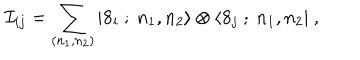
{ \cal I } _ { i j } = \sum _ { ( n _ { 1 } , n _ { 2 } ) } | { \bf 8 _ { i } } \ ; \ n _ { 1 } , n _ { 2 } \rangle \otimes \langle { \bf 8 _ { j } } \ ; \ n _ { 1 } , n _ { 2 } | \ ,